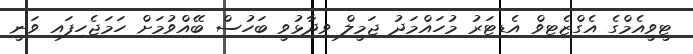
ޓީވީއެމްގެ އެގްޒެޓިވް އެޑިޓަރު މުހައްމަދު ޖަމީލް ވިދާޅުވީ ބަހުސް ބޭއްވުމަށް ހަމަޖެހިފައި ވަނީ